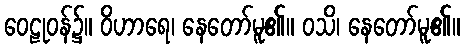
ဝေဠုဝန်၌။ ဝိဟာရေ၊ နေတော်မူ၏။ ဝသိ၊ နေတော်မူ၏။